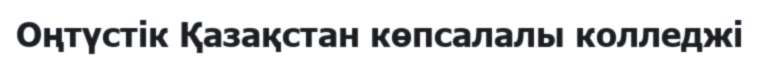
Оңтүстік Қазақстан көпсалалы колледжі